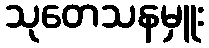
သုတေသနမှူး